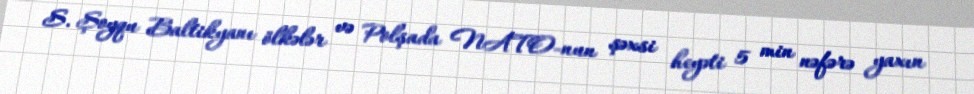
S. Şoyqu Baltikyanı ölkələr və Polşada NATO-nun şəxsi heyəti 5 min nəfərə yaxın